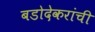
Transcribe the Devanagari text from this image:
बडोदेकरांची